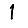
Digit: 1